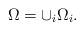
LaTeX: \begin{align*}\Omega=\cup_{i}\Omega_{i}.\end{align*}